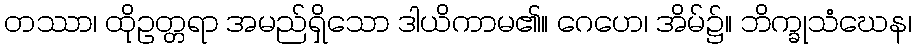
တဿာ၊ ထိုဥတ္တရာ အမည်ရှိသော ဒါယိကာမ၏။ ဂေဟေ၊ အိမ်၌။ ဘိက္ခုသံဃေန၊